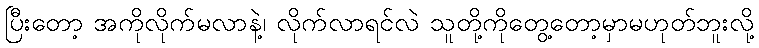
ပြီးတော့ အကိုလိုက်မလာနဲ့၊ လိုက်လာရင်လဲ သူတို့ကိုတွေ့တော့မှာမဟုတ်ဘူးလို့